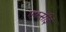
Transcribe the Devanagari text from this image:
एफसीई